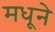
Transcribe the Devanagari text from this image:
मधूने